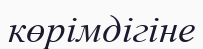
көрімдігіне